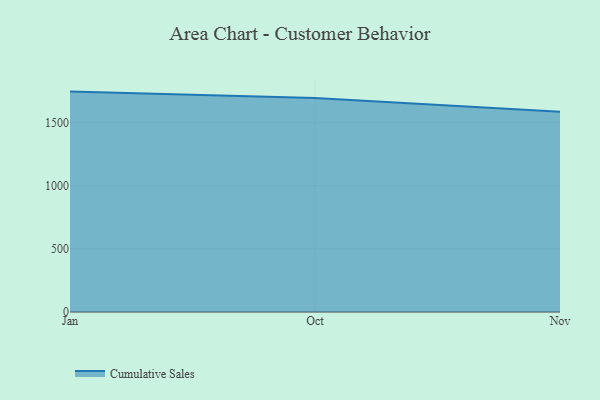
{"axis": {"x": "Month", "y": "Energy Usage (MWh)"}, "legend": ["Cumulative Sales"], "data": [{"x": "Jan", "y": 1747.6, "type": "Cumulative Sales"}, {"x": "Oct", "y": 1697.1, "type": "Cumulative Sales"}, {"x": "Nov", "y": 1588.8, "type": "Cumulative Sales"}]}